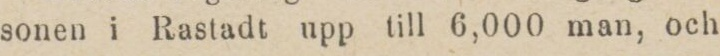
sonen i Rastadt upp till 6,000 man, och